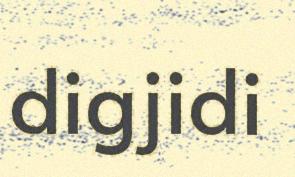
digjidi